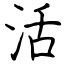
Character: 活